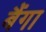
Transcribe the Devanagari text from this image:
बैंगा